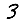
Digit: 3